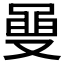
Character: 𮮡